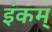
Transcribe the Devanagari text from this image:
इंकम्